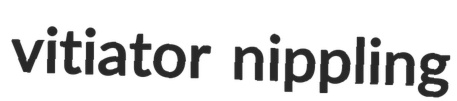
vitiator nippling